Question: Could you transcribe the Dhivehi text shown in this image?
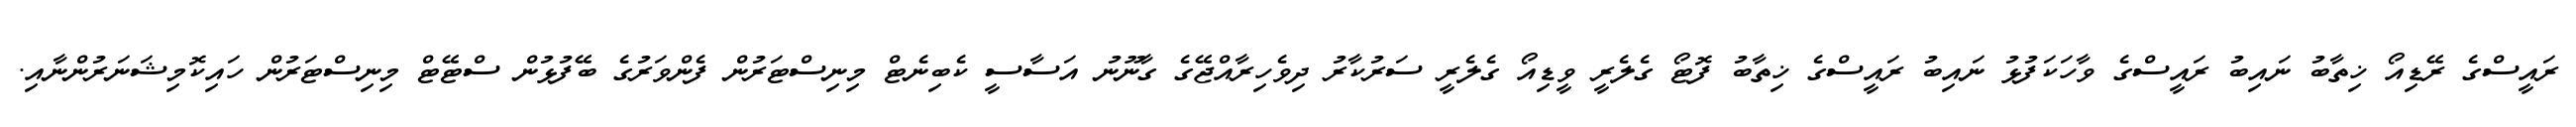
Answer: ރައީސްގެ ރޭޑިއޯ ޚިތާބު ނައިބު ރައީސްގެ ވާހަކަފުޅު ނައިބު ރައީސްގެ ޚިތާބު ފޮޓޯ ގެލެރީ ވީޑިއޯ ގެލެރީ ސަރުކާރު ދިވެހިރާއްޖޭގެ ގާނޫނު އަސާސީ ކެބިނެޓް މިނިސްޓަރުން ފެންވަރުގެ ބޭފުޅުން ސްޓޭޓް މިނިސްޓަރުން ހައިކޮމިޝަނަރުންނާއި.